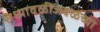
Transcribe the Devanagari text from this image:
संध्यावळीजवळच्या